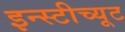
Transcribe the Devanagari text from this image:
इन्स्टीच्यूट